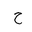
Letter: _ha